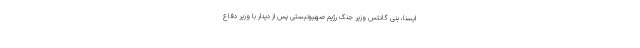
ایسنا، بنی گانتس وزیر جنگ رژیم صهیونیستی پس از دیدار با وزیر دفاع